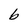
Character: b